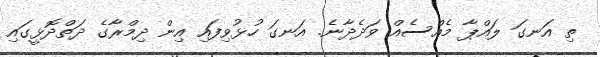
ތި އަނގަ ލައްޕާ މެއްސެއް ވަދެދާނެ. އަނގަ ހުޅުވިފައި އިން ދިމްރާގެ ދަތްދޮޅީގައި